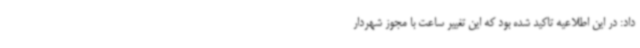
داد: در این اطلاعیه تاکید شده بود که این تغییر ساعت با مجوز شهردار